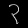
Digit: ၃